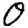
Digit: 0